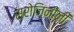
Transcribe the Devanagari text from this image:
सरोजिनींनी